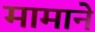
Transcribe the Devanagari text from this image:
मामाने